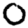
Digit: 0